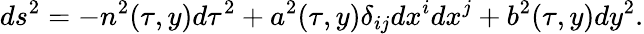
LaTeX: ds^{2}=-n^{2}(\tau,y)d\tau^{2}+a^{2}(\tau,y)\delta_{ij}dx^{i}dx^{j}+b^{2}(\tau,y)dy^{2}.